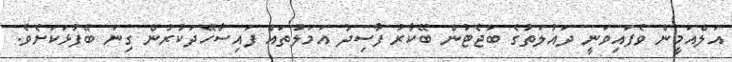
އަލްއަމީން ވެފައިވަނީ ދައުލަތުގެ ބަޖެޓުން ބޭކާރު ފާސިދު އަމަލުތައް ފައިސާހޭދަކުރުން ގިނަ ބޭފުޅަކަށެވެ.